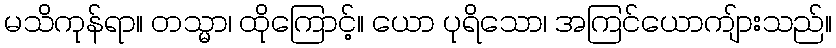
မသိကုန်ရာ။ တသ္မာ၊ ထိုကြောင့်။ ယော ပုရိသော၊ အကြင်ယောကျ်ားသည်။